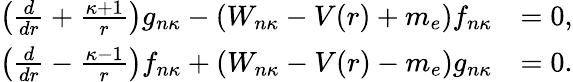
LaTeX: \begin{array}{r}{\begin{array}{rl}{\left(\frac{d}{dr}+\frac{\kappa+1}{r}\right)g_{n\kappa}-(W_{n\kappa}-V(r)+m_{e})f_{n\kappa}}&{=0,}\\ {\left(\frac{d}{dr}-\frac{\kappa-1}{r}\right)f_{n\kappa}+(W_{n\kappa}-V(r)-m_{e})g_{n\kappa}}&{=0.}\end{array}}\end{array}